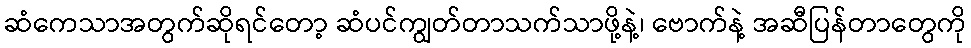
ဆံကေသာအတွက်ဆိုရင်တော့ ဆံပင်ကျွတ်တာသက်သာဖို့နဲ့၊ ဗောက်နဲ့ အဆီပြန်တာတွေကို